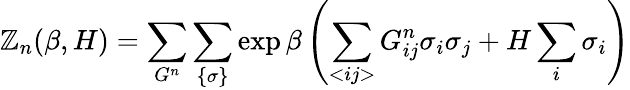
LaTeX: \mathbb{Z}_{n}(\beta,H)=\sum_{G^{n}}\sum_{\{ \sigma\} }\exp\beta\left(\sum_{<ij>}G_{ij}^{n}\sigma_{i}\sigma_{j}+H\sum_{i}\sigma_{i}\right)